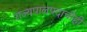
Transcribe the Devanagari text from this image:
राज्यपालपदाचीही